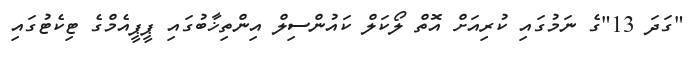
"ގަދަ 13"ގެ ނަމުގައި ކުރިއަށް އޮތް ލޯކަލް ކައުންސިލް އިންތިޚާބުގައި ޕީޕީއެމްގެ ޓިކެޓުގައި